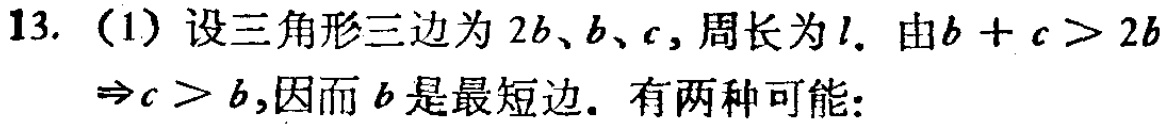
13. （1）设三角形三边为 \(2b\)、\(b\)、\(c\)，周长为 \(l\). 由 \(b + c > 2b\Rightarrow c > b\)，因而 \(b\) 是最短边. 有两种可能：